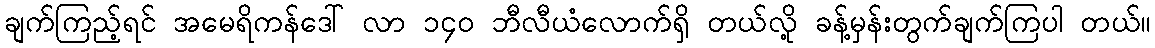
ချက်ကြည့်ရင် အမေရိကန်ဒေါ် လာ ၁၄၀ ဘီလီယံလောက်ရှိ တယ်လို့ ခန့်မှန်းတွက်ချက်ကြပါ တယ်။